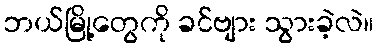
ဘယ်မြို့တွေကို ခင်ဗျား သွားခဲ့လဲ။